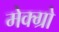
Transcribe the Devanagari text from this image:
मेक्ग्रो